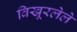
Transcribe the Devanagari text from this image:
विखूरलेले